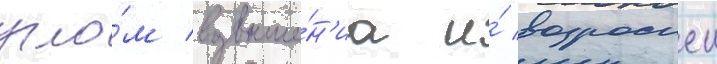
угло́м возвыше́н'иа и́ возросшеи